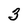
Character: 3